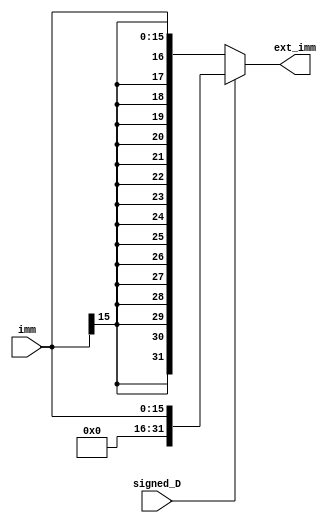
module sign_ext (

input signed_D,
input [15:0] imm, 

output reg [31:0] ext_imm

);

   always @(*) begin
	
      if (~signed_D) ext_imm = {{16{imm[15]}}, imm};
			 
      else ext_imm = {16'b0, imm};
		
   end

endmodule